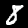
Digit: 8